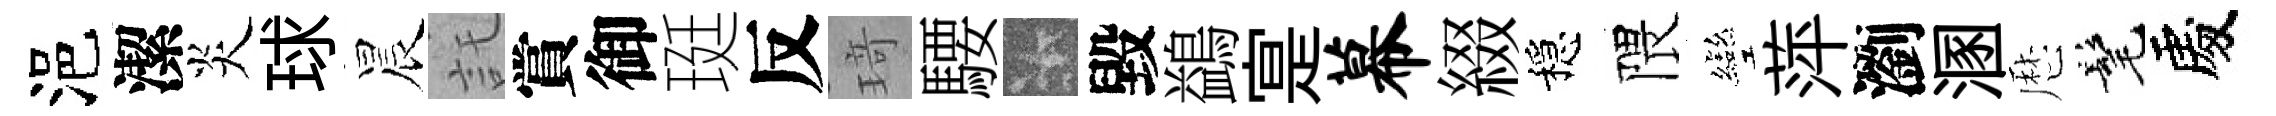
浥潔炎球晨託賞御珽反𤦺騕卡毀鷁寔幕綴穩隈彎萍瀏溷厯髦處